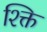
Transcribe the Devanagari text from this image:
श्क्ति